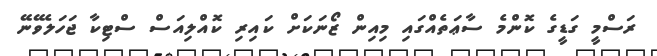
ރަސްމީ ގަޑީގެ ކޮންމެ ސާޢަތެއްގައި މިއިން ޒޯނަކަށް ކައިރި ކޮއްލިއަސް ސްޓިކާ ޖަހަލެވޭނޭ